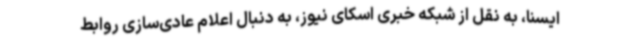
ایسنا، به نقل از شبکه خبری اسکای نیوز، به دنبال اعلام عادی‌سازی روابط